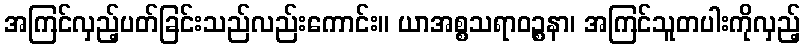
အကြင်လှည့်ပတ်ခြင်းသည်လည်းကောင်း။ ယာအစ္စသရာဝဉ္စနာ၊ အကြင်သူတပါးကိုလှည့်